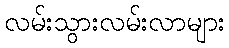
လမ်းသွားလမ်းလာများ